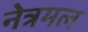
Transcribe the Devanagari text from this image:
नेत्रमल